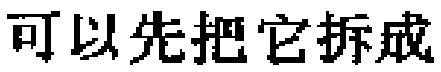
可以先把它拆成